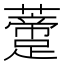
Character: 𧂨